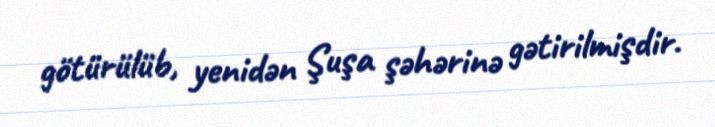
götürülüb, yenidən Şuşa şəhərinə gətirilmişdir.